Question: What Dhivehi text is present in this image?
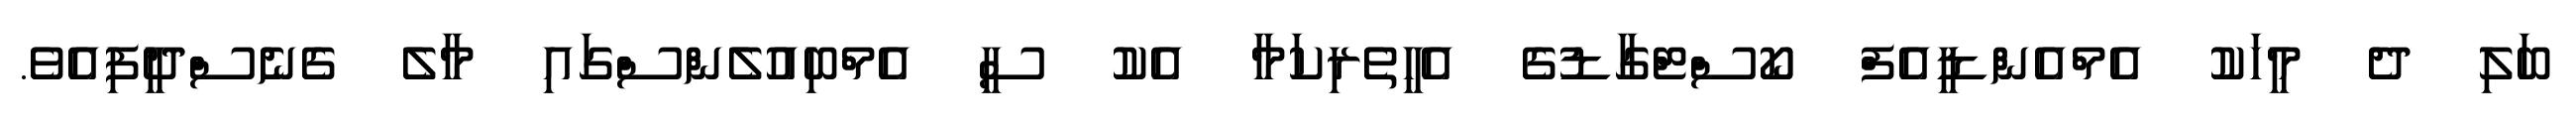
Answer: ބަލި ދެ މީހަކު އެމްއެންޑީއެފް ކޯސްޓްގާޑުގެ އެހީތެރިކަމާ އެކު ސީ އެމްބިއުލެންސްގައި މާލެ ގެނެސްދީފިއެވެ.